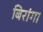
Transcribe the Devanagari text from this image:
बिरांगा